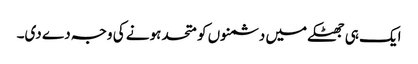
ایک ہی جھٹکے میں دشمنوں کو متحد ہونے کی وجہ دے دی۔